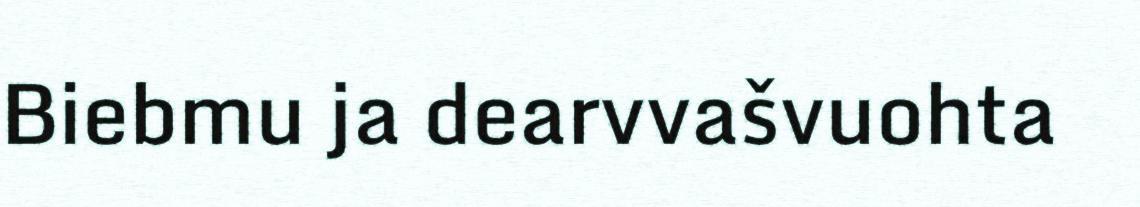
Biebmu ja dearvvašvuohta